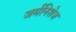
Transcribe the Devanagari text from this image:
जर्मनिशेज